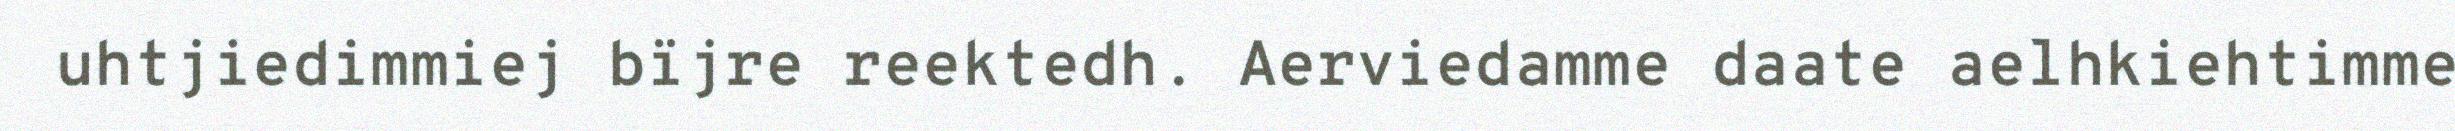
uhtjiedimmiej bïjre reektedh. Aerviedamme daate aelhkiehtimme